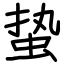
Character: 蛰